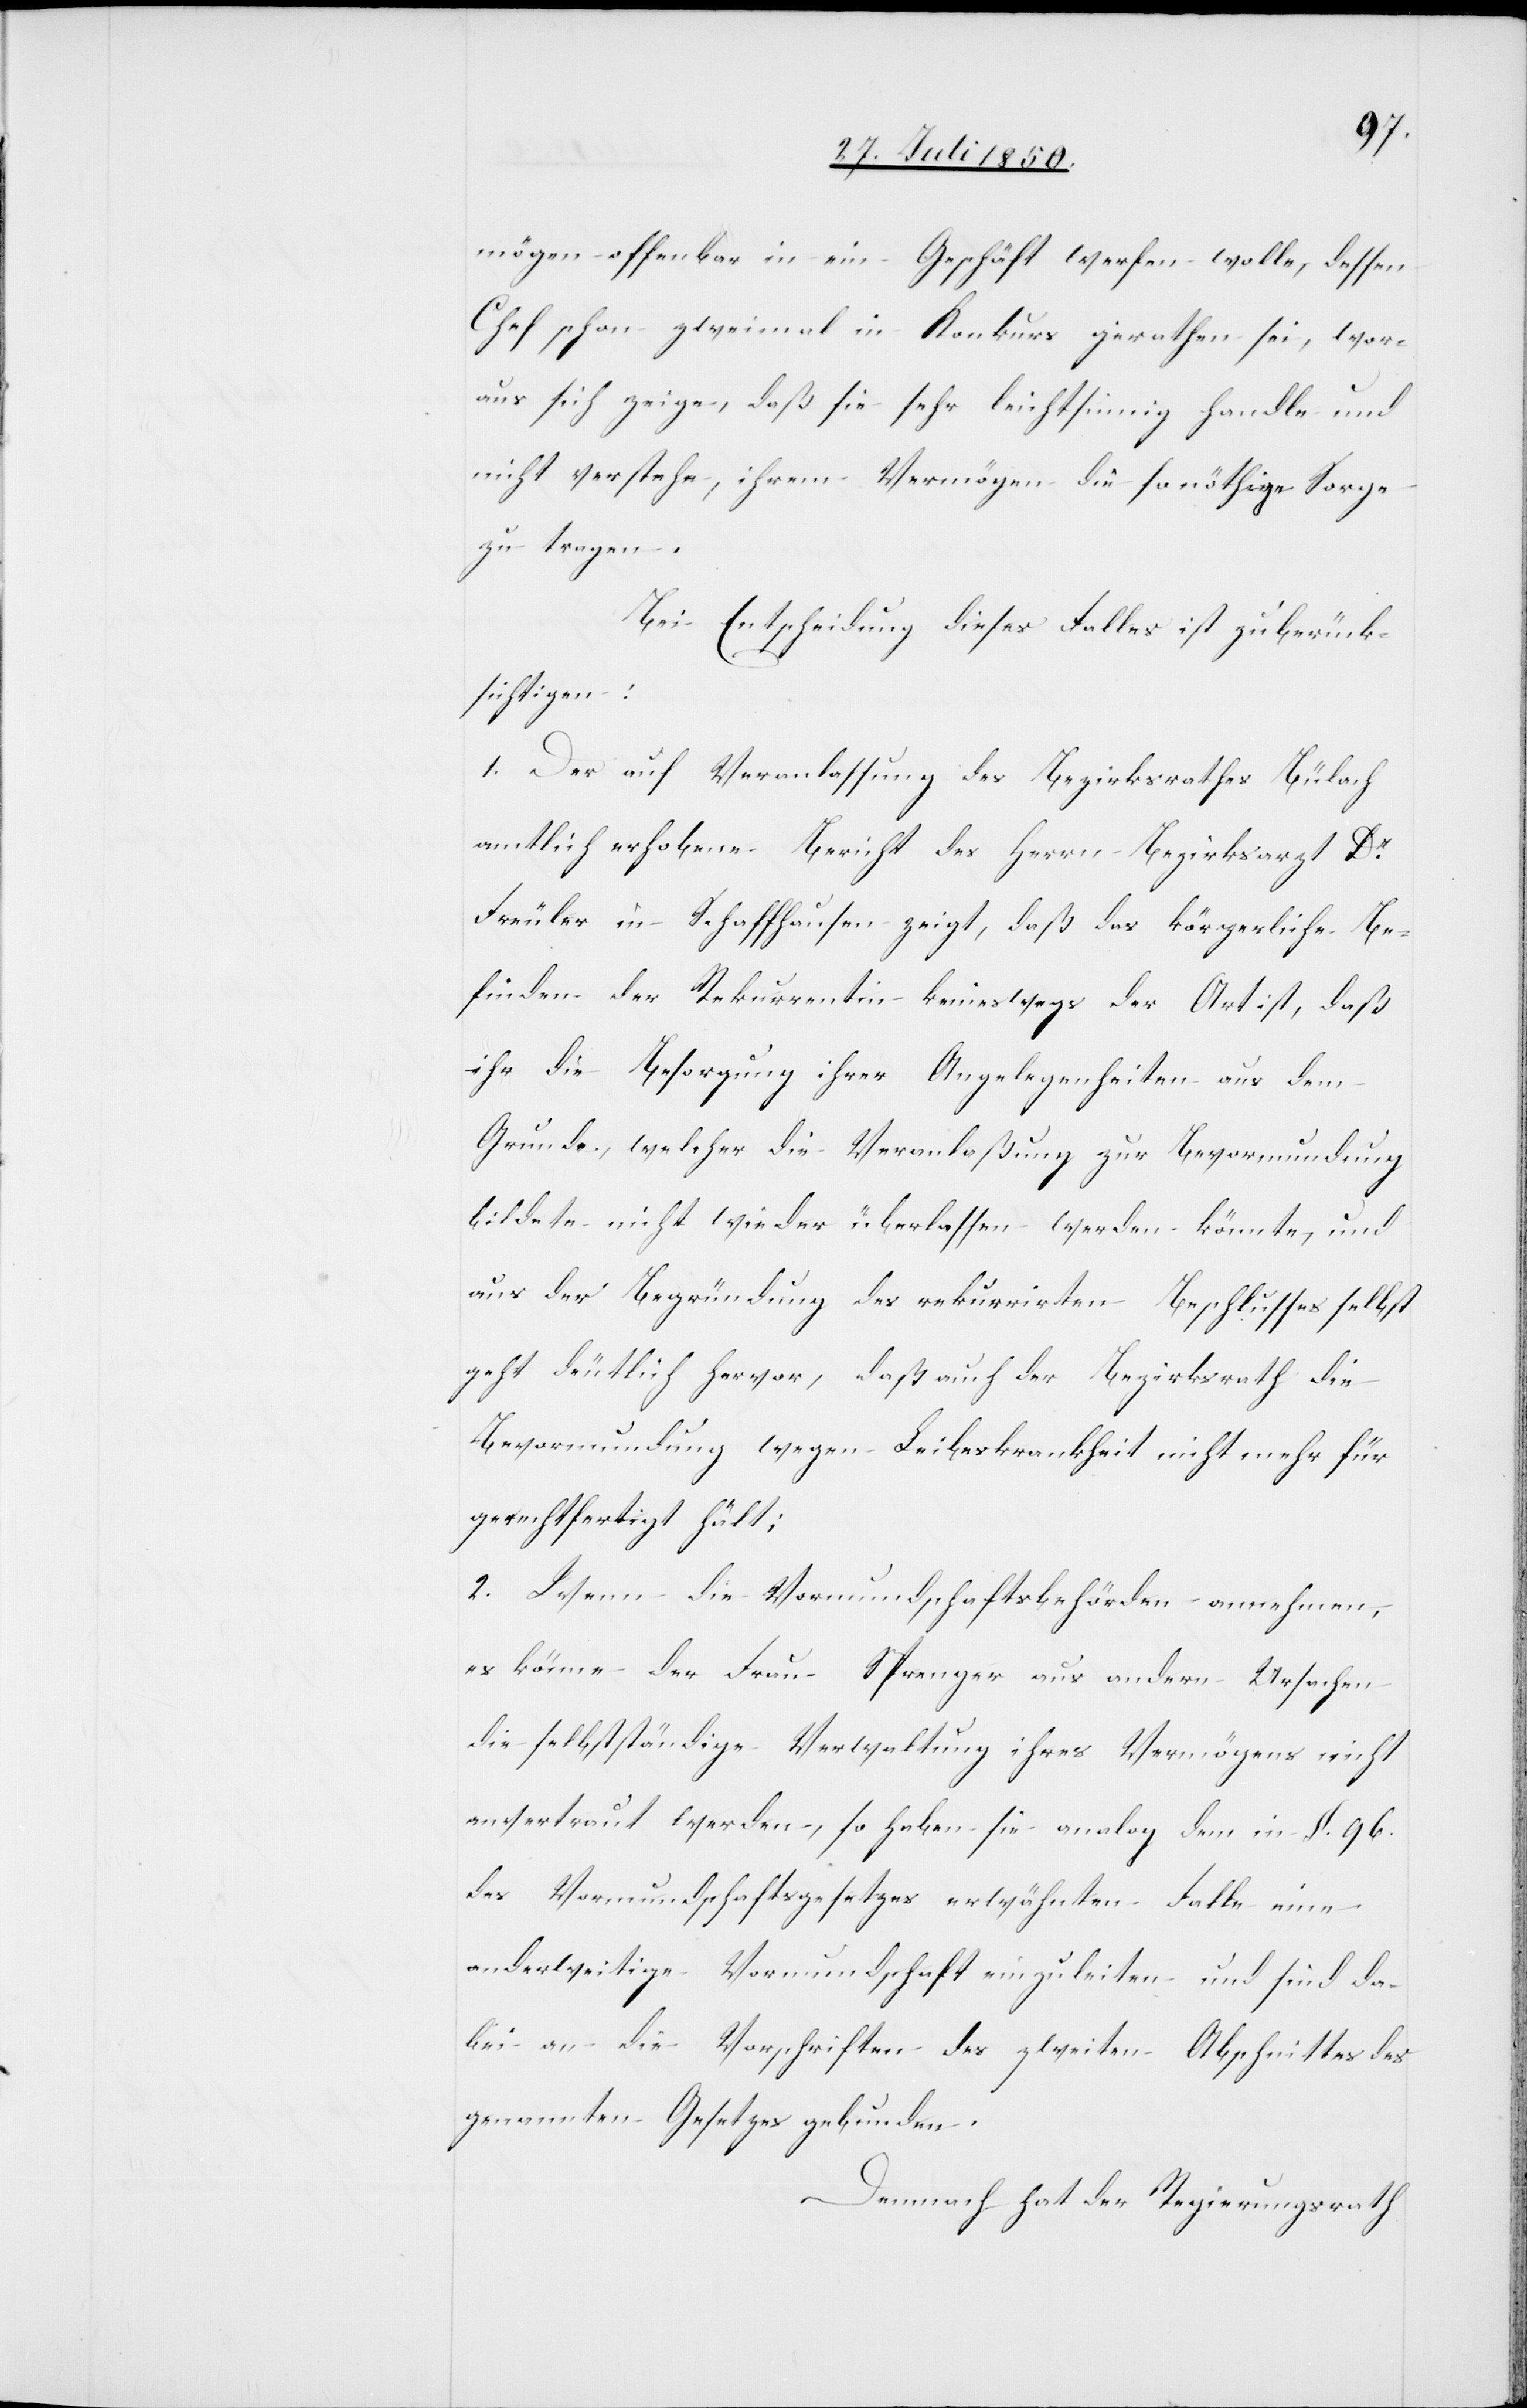
mögen offenbar in ein Geschäft werfen wolle, dessen
Chef schon zweimal in Konkurs gerathen sei, wor¬
aus sich zeige, daß sie sehr leichtsinnig handle und
nicht verstehe, ihrem Vermögen die so nöthige Sorge
zu tragen.
Bei Entscheidung dieses Falles ist zu berück¬
sichtigen:
1. Der auf Veranlassung des Bezirksrathes Bülach
amtlich erhobene Bericht des Herrn Bezirksarzt Dr
Freuler in Schaffhausen zeigt, daß das körperliche Be¬
finden der Rekurrentin keineswegs der Art ist, daß
ihr die Besorgung ihrer Angelegenheiten aus dem
Grunde, welcher die Veranlaßung zur Bevormundung
bildete nicht wieder überlassen werden könnte, und
aus der Begründung des rekurrirten Beschlusses selbst
geht deutlich hervor, daß auch der Bezirksrath die
Bevormundung wegen Leibeskrankheit nicht mehr für
gerechtfertigt hält;
2. Wenn die Vormundschaftsbehörden annehmen,
es könne der Frau Sprenger aus andern Ursachen
die selbstständige Verwaltung ihres Vermögens nicht
anvertraut werden, so haben sie analog dem in §. 96.
des Vormundschaftsgesetzes erwähnten Falle eine
anderweitige Vormundschaft einzuleiten und sind da¬
bei an die Vorschriften des zweiten Abschnittes des
genannten Gesetzes gebunden.
Demnach hat der Regierungsrath